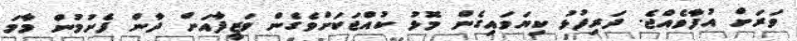
ވަރަށް އުފާވެއްޖެ. ދަރިފުޅު ކިޔަވައިގެން މޮޅު ކުއްޖަކަށްވެގެން ވަޒީފާއަށް ދާން ފެށުމުން މާމަ